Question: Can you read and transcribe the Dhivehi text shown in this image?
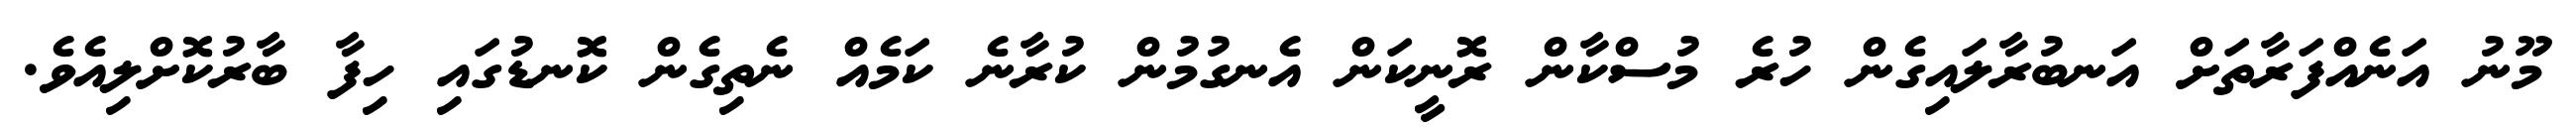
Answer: މޫނު އަނެއްފަރާތަށް އަނބުރާލައިގެން ހުރެ މުސްކާން ރޮނީކަން އެނގުމުން ކުރާނެ ކަމެއް ނެތިގެން ކޮނޑުގައި ހިފާ ބާރުކޮށްލިއެވެ.